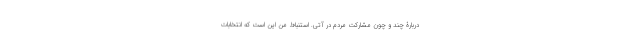
دربارۀ چند و چون مشارکت مردم در آتی. استنباط من این است که انتخابات